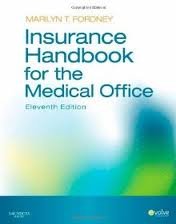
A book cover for Insurance Handbook for the Medical Office 11th (eleventh) edition; Marilyn Fordney CMA-AC; Business & Money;